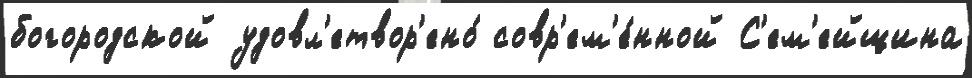
богородской удовл'етвор'ено́ совр'ем'е́нной С'ем'ейщина